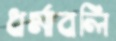
ধর্মাবলি